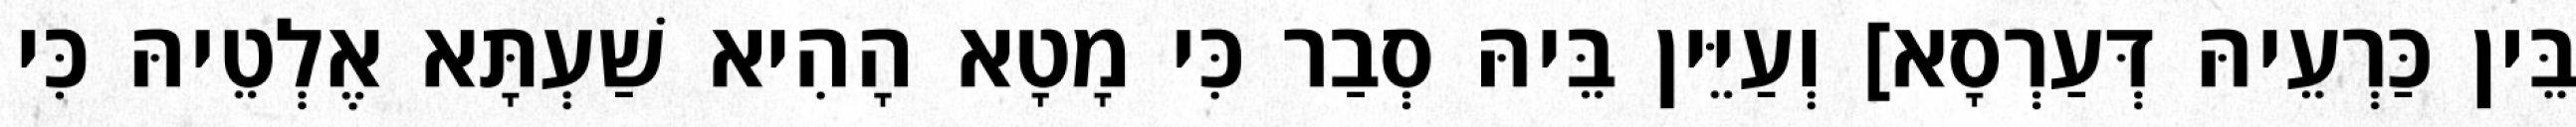
בֵּין כַּרְעֵיהּ דְּעַרְסָא] וְעַיֵּין בֵּיהּ סְבַר כִּי מָטָא הָהִיא שַׁעְתָּא אֶלְטֵיהּ כִּי